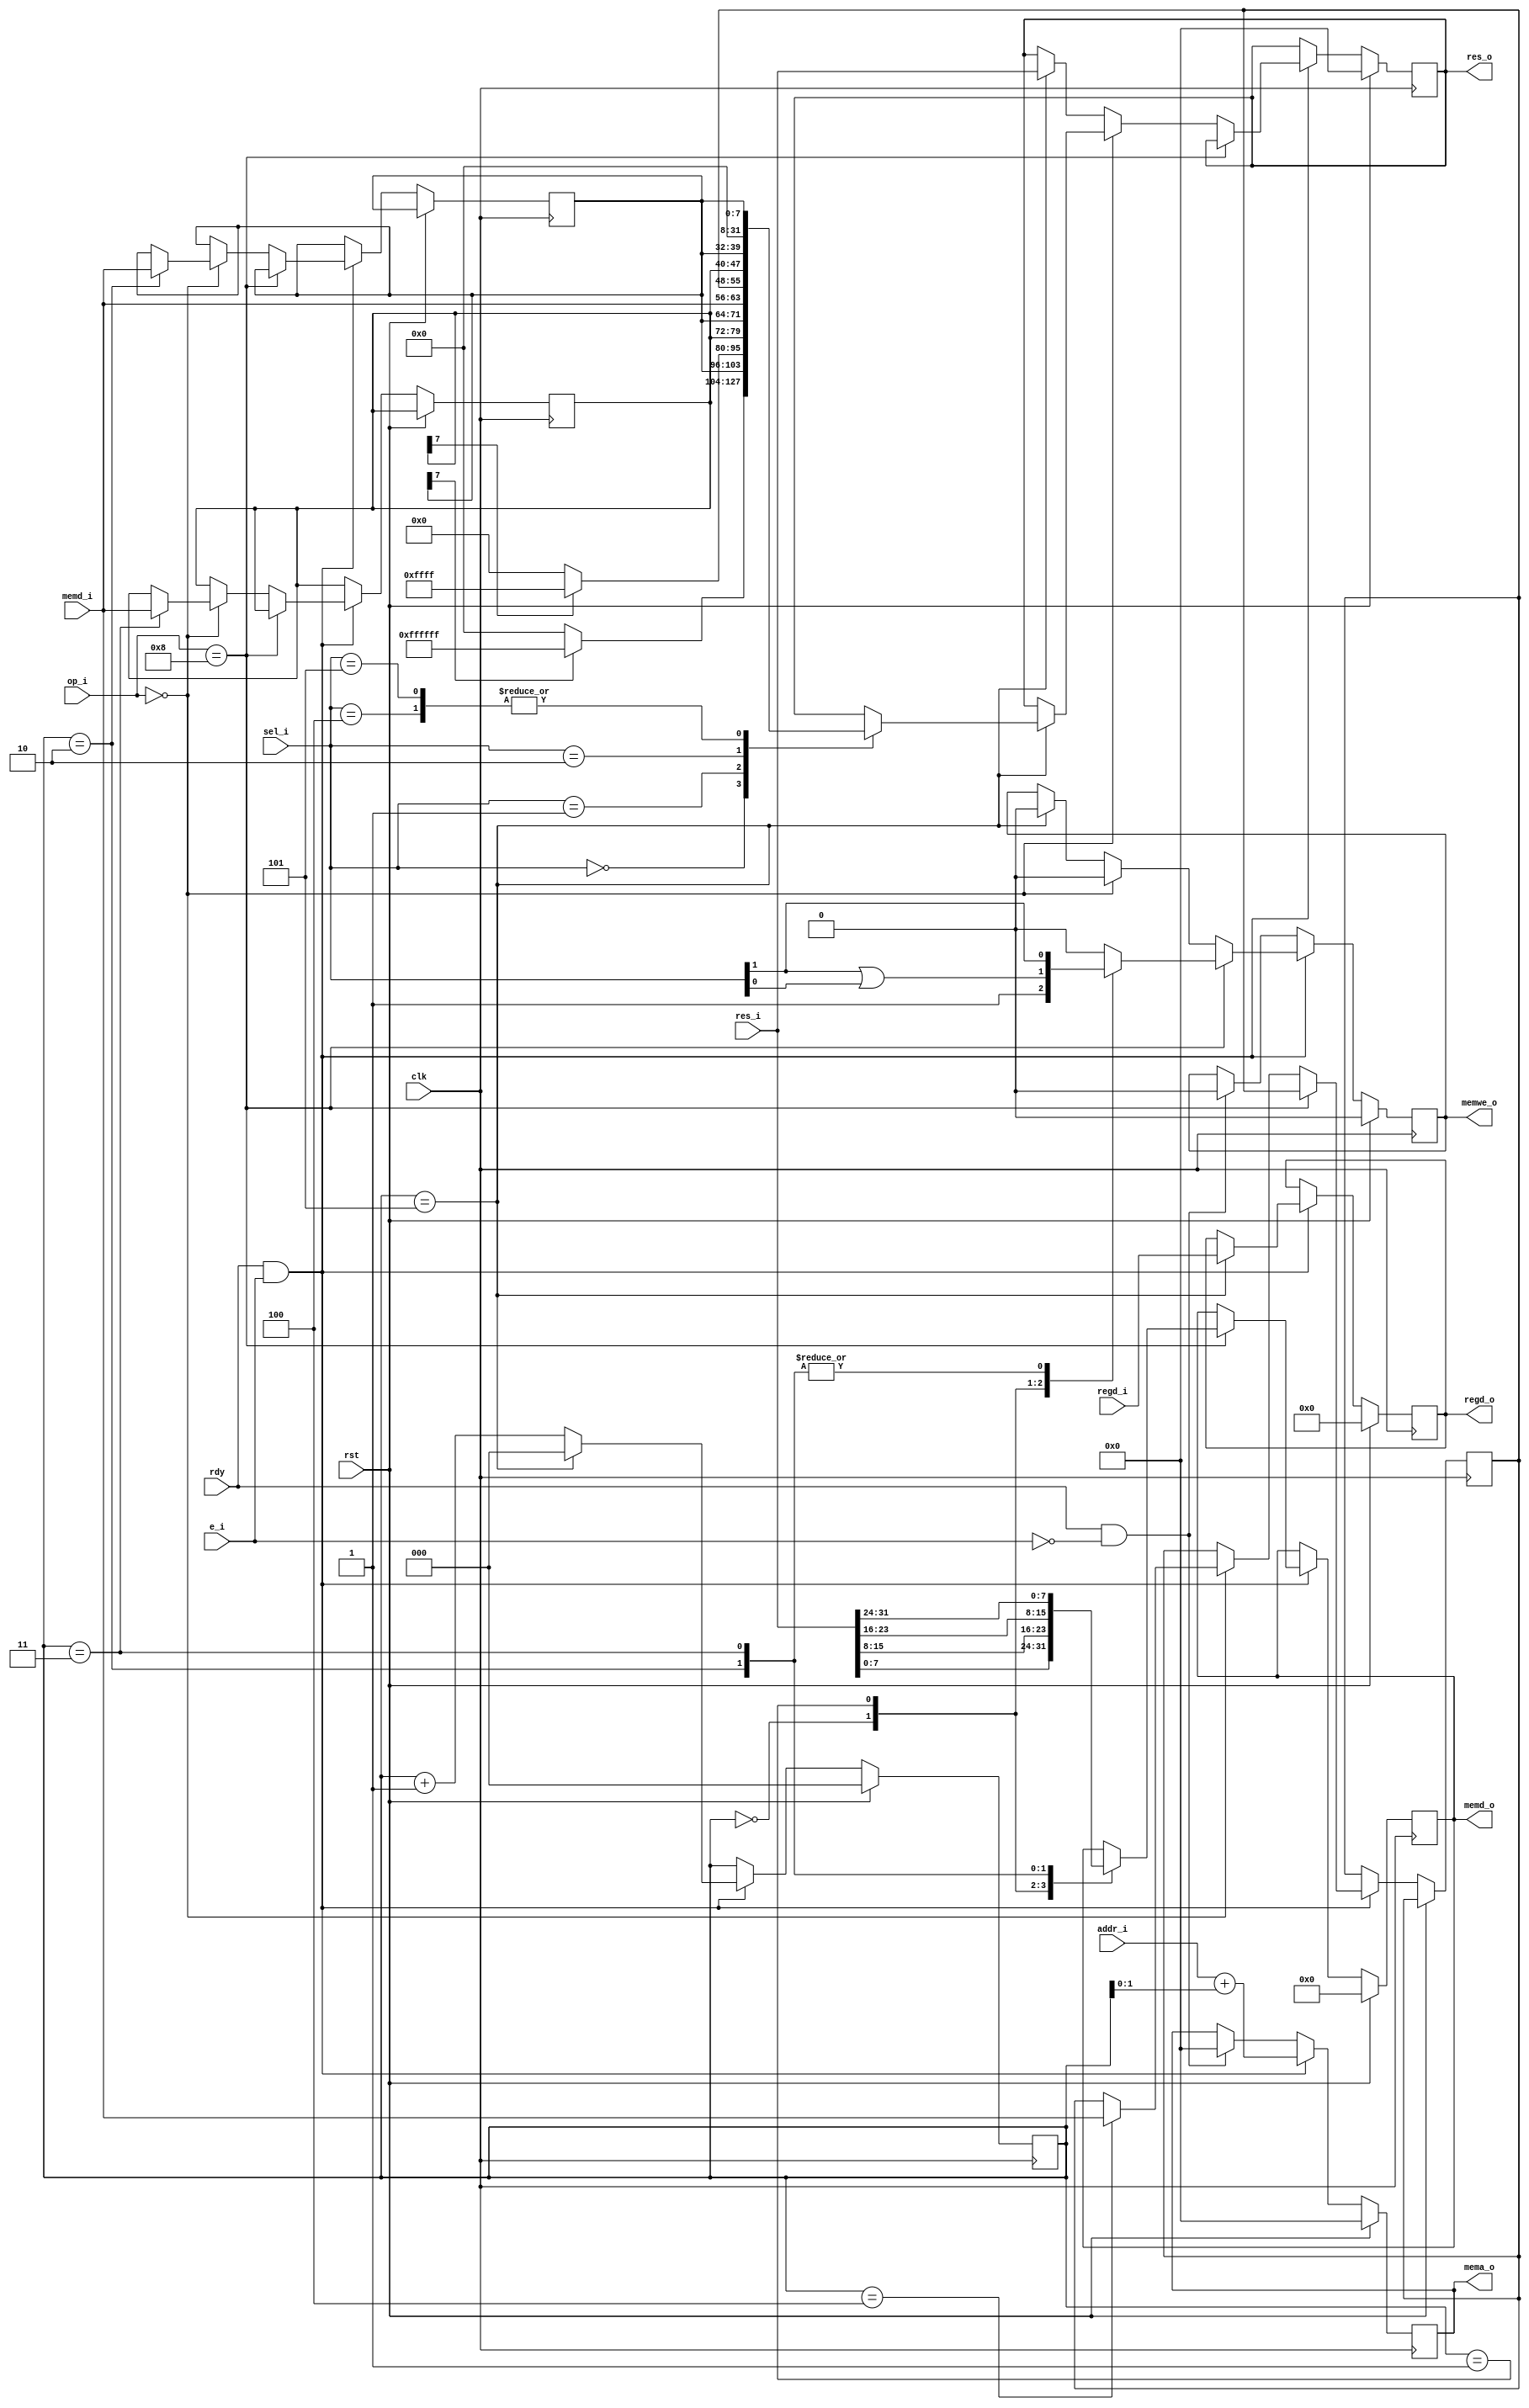
module MA(
    input  wire        clk,
    input  wire        rst,
    input  wire        rdy,
    input  wire        e_i,
    input  wire [31:0] res_i,
    input  wire [31:0] addr_i,
    input  wire [ 4:0] regd_i,
    input  wire [ 2:0] sel_i,
    input  wire [ 7:0] memd_i,
    input  wire [ 4:0] op_i,
    output reg  [31:0] mema_o,
    output reg  [ 7:0] memd_o,
    output reg  [31:0] res_o,
    output reg         memwe_o,
    output reg  [ 4:0] regd_o
);

reg [7:0] memd0, memd1, memd2;
reg [2:0] cnt;

always @(posedge clk) begin
    if (rst) begin
        cnt <= 1'b0;
        res_o <= 1'b0;
        regd_o <= 1'b0;
        memd_o <= 1'b0;
        mema_o <= 1'b0;
        memwe_o <= 1'b0;
    end else if (rdy && e_i) begin
        cnt <= cnt == 3'h5 ? 1'b0 : cnt + 1'b1;
        mema_o <= addr_i + cnt[1:0];
        if (cnt == 3'h5) regd_o <= regd_i;
        if (op_i == 5'b01000) begin
            case (cnt)
                3'h0: begin
                    memd_o <= res_i[7:0];
                    memwe_o <= 1'b1;
                end
                3'h1: begin
                    memd_o <= res_i[15:8];
                    memwe_o <= sel_i[1] | sel_i[0];
                end
                3'h2: begin
                    memd_o <= res_i[23:16];
                    memwe_o <= sel_i[1];
                end
                3'h3: begin
                    memd_o <= res_i[31:24];
                    memwe_o <= sel_i[1];
                end
                default: memwe_o <= 1'b0;
            endcase
        end else if (op_i == 5'b00000) begin
            memwe_o <= 1'b0;
            case (cnt)
            3'h2: memd0 <= memd_i;
            3'h3: memd1 <= memd_i;
            3'h4: memd2 <= memd_i;
            3'h5: begin
                case (sel_i)
                    3'b000: res_o <= {memd0[7] ? 24'hffffff : 24'b0, memd0};
                    3'b001: res_o <= {memd1[7] ? 16'hffff : 16'b0, memd1, memd0};
                    3'b010: res_o <= {memd_i, memd2, memd1, memd0};
                    3'b100: res_o <= {24'b0, memd0};
                    3'b101: res_o <= {16'b0, memd0};
                endcase
            end
            endcase
        end else if (cnt == 3'h5) begin
            res_o <= res_i;
            memwe_o <= 1'b0;
        end
    end else if (rdy && !e_i) begin
        mema_o <= 1'b0;
        memwe_o <= 1'b0;
    end
end

endmodule